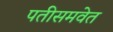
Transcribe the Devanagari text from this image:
पतीसमवेत